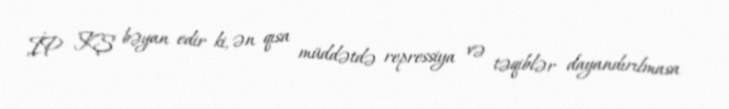
İP KŞ bəyan edir ki, ən qısa müddətdə repressiya və təqiblər dayandırılmasa